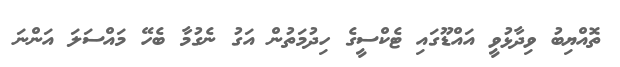
ތޮއްޔިބު ވިދާޅުވީ އައްޑޫގައި ޓެކްސީގެ ހިދުމަތުން އަގު ނެގުމާ ބެހޭ މައްސަލަ އަންނަ